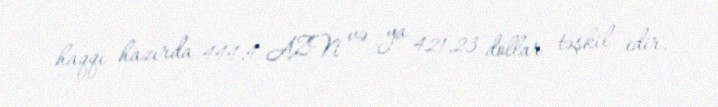
haqqı hazırda 444,4 AZN və ya 421,23 dollar təşkil edir.